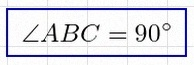
\angle ABC=90^\circ